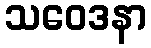
သဝေဒနာ